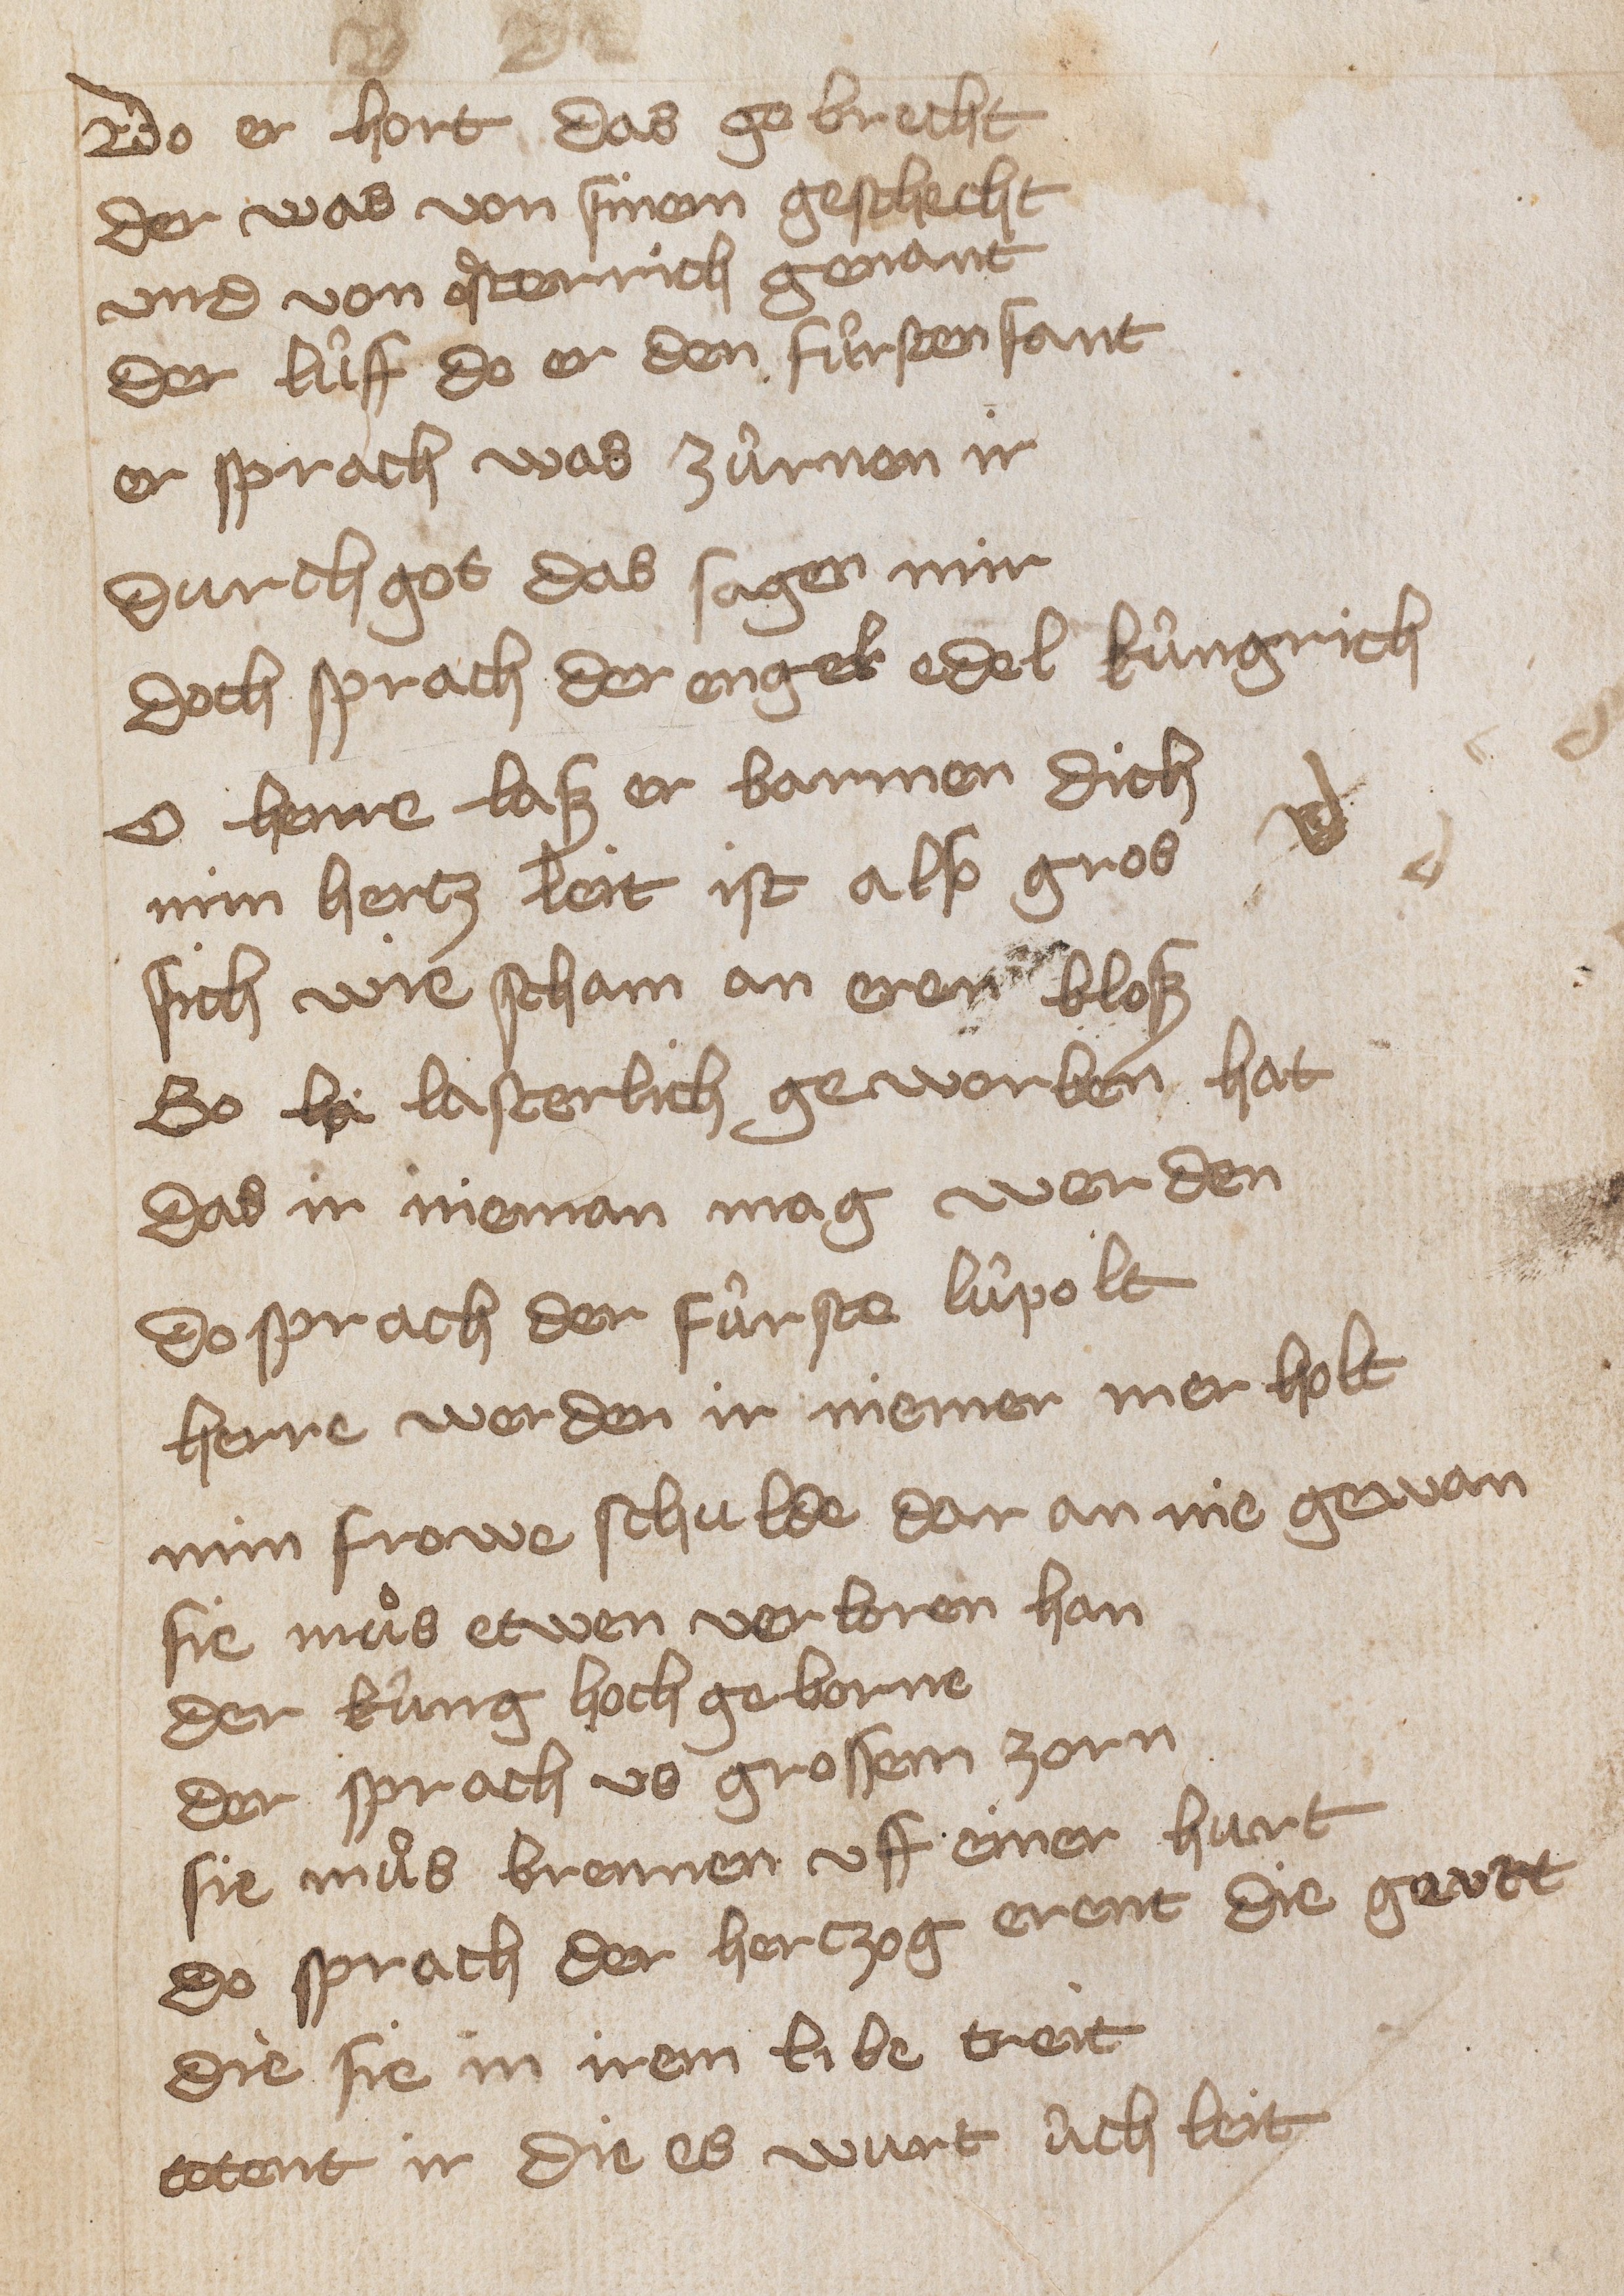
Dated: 1400–1449